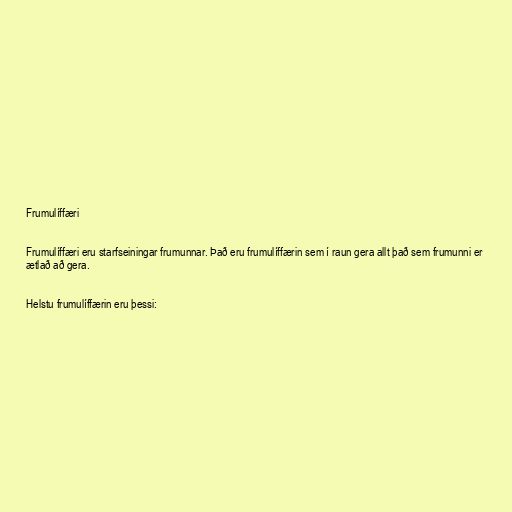
Frumulíffæri

Frumulíffæri eru starfseiningar frumunnar. Það eru frumulíffærin sem í raun gera allt það sem frumunni er
ætlað að gera.

Helstu frumulíffærin eru þessi: